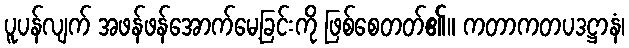
ပူပန်လျက် အဖန်ဖန်အောက်မေ့ခြင်းကို ဖြစ်စေတတ်၏။ ကတာကတပဒဋ္ဌာနံ၊